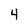
Character: 4